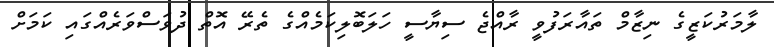
ލާމަރުކަޒީގެ ނިޒާމް ތައާރަފުވީ ރާއްޖެ ސިޔާސީ ހަލަބޮލިކަމެއްގެ ތެރޭ އޮތް ދުވަސްވަރެއްގައި ކަމަށް